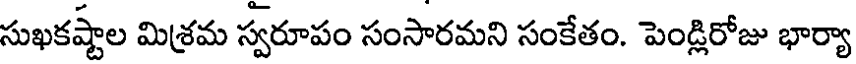
సుఖకష్టాల మిశ్రమ స్వరూపం సంసారమని సంకేతం. పెండ్లిరోజు భార్యా